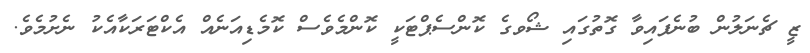
ޒީ ޗެނަލުން ބުނެފައިވާ ގޮތުގައި ޝޯވގެ ކޮންސެޕްޓަކީ ކޮންމެވެސް ކޮމެޑިއަނެއް އެކްޓަރަކާއެކު ނެށުމެވެ.